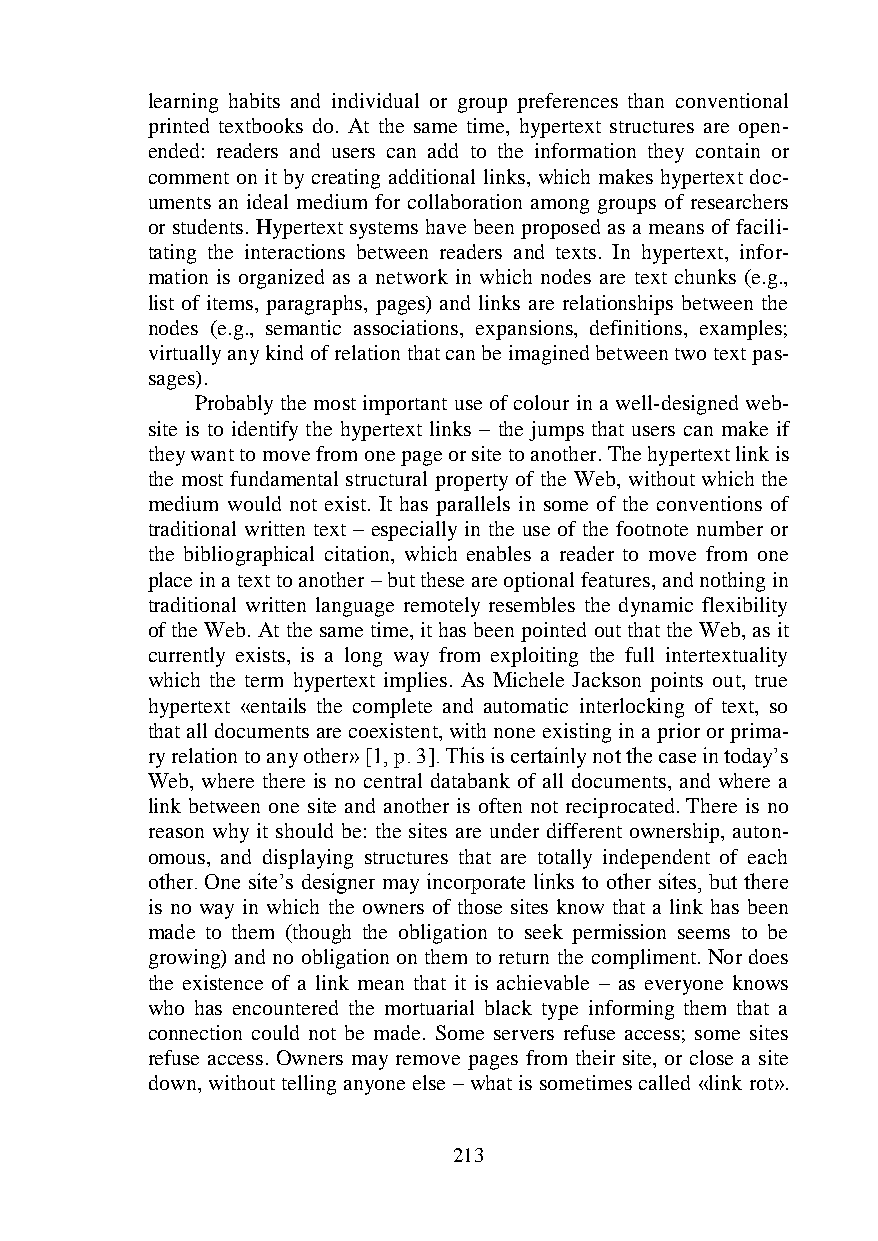
learning habits and individual or group preferences than conventional
 printed textbooks do. At the same time, hypertext structures are open-
 ended: readers and users can add to the information they contain or
 comment on it by creating additional links, which makes hypertext doc-
 uments an ideal medium for collaboration among groups of researchers
 or students. Hypertext systems have been proposed as a means of facili-
 tating the interactions between readers and texts. In hypertext, infor-
 mation is organized as a network in which nodes are text chunks (e.g.,
 list of items, paragraphs, pages) and links are relationships between the
 nodes (e.g., semantic associations, expansions, definitions, examples;
 virtually any kind of relation that can be imagined between two text pas-
 sages).
 Probably the most important use of colour in a well-designed web-
 site is to identify the hypertext links – the jumps that users can make if
 they want to move from one page or site to another. The hypertext link is
 the most fundamental structural property of the Web, without which the
 medium would not exist. It has parallels in some of the conventions of
 traditional written text – especially in the use of the footnote number or
 the bibliographical citation, which enables a reader to move from one
 place in a text to another – but these are optional features, and nothing in
 traditional written language remotely resembles the dynamic flexibility
 of the Web. At the same time, it has been pointed out that the Web, as it
 currently exists, is a long way from exploiting the full intertextuality
 which the term hypertext implies. As Michele Jackson points out, true
 hypertext «entails the complete and automatic interlocking of text, so
 that all documents are coexistent, with none existing in a prior or prima-
 ry relation to any other» [1, p. 3]. This is certainly not the case in today’s
 Web, where there is no central databank of all documents, and where a
 link between one site and another is often not reciprocated. There is no
 reason why it should be: the sites are under different ownership, auton-
 omous, and displaying structures that are totally independent of each
 other. One site’s designer may incorporate links to other sites, but there
 is no way in which the owners of those sites know that a link has been
 made to them (though the obligation to seek permission seems to be
 growing) and no obligation on them to return the compliment. Nor does
 the existence of a link mean that it is achievable – as everyone knows
 who has encountered the mortuarial black type informing them that a
 connection could not be made. Some servers refuse access; some sites
 refuse access. Owners may remove pages from their site, or close a site
 down, without telling anyone else – what is sometimes called «link rot».
 213